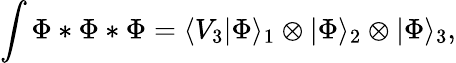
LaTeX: \int\Phi*\Phi*\Phi=\langle V_{3}|\Phi\rangle_{1}\otimes|\Phi\rangle_{2}\otimes|\Phi\rangle_{3},